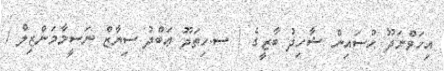
އިހަވްނަދޫ ޙުސައިން ޝާހިދު ބާޒީގެ / ސ.ހިތަދޫ ޢަބްދު ސިޔާޒް ނަސީމާމަންޒިލް /